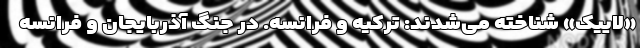
«لاییک» شناخته می‌شدند: ترکیه و فرانسه. در جنگ آذربایجان و فرانسه